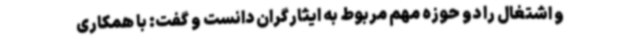
و اشتغال را دو حوزه مهم مربوط به ایثارگران دانست و گفت: با همکاری